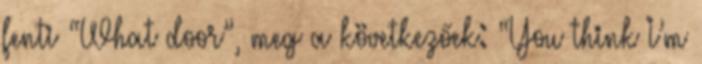
fenti “What door”, meg a következőek: “You think I’m